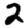
Digit: 2